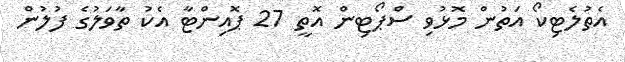
އެތުލެޓިކޯ އަތުން މޮޅުވި ސްޕޯޓިން އޮތީ 27 ޕޮއިންޓާ އެކު ތާވަލުގެ ފުލުން